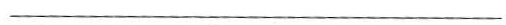
___